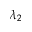
\lambda _ { 2 }